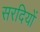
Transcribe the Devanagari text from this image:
सरदियों